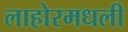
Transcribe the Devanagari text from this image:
लाहोरमधली